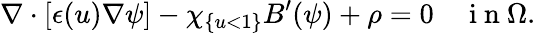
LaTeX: \nabla\cdot[\epsilon(u)\nabla\psi]-\chi_{\{ u<1\} }B^{\prime}(\psi)+\rho=0\quad\mathrm{~i~n~}\Omega.